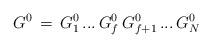
LaTeX: \begin{align*}G^0\,=\,G^0_1\,...\,G^0_f\,G^0_{f+1}\,...\,G^0_N\end{align*}